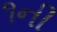
૧ની